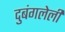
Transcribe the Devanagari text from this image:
दुबंगलेली